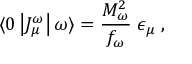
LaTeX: \langle 0 \left| J _ { \mu } ^ { \omega } \right| \omega \rangle = \frac { M _ { \omega } ^ { 2 } } { f _ { \omega } } \; \epsilon _ { \mu } \; ,